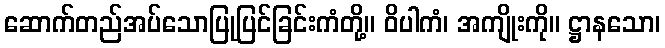
ဆောက်တည်အပ်သောပြုပြင်ခြင်းကံတို့။ ဝိပါကံ၊ အကျိုးကို။ ဋ္ဌာနသော၊